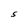
Character: S